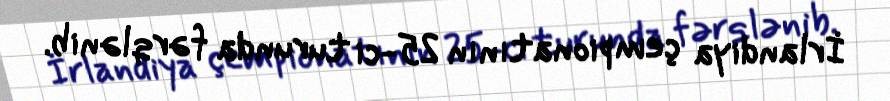
İrlandiya çempionatının 25-ci turunda fərqlənib.